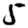
Digit: 5